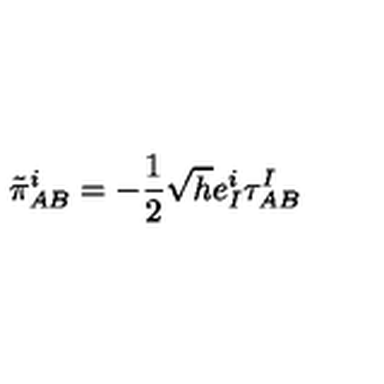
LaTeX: \tilde { \pi } _ { A B } ^ { i } = - \frac { 1 } { 2 } \sqrt { h } e _ { I } ^ { i } \tau _ { A B } ^ { I }